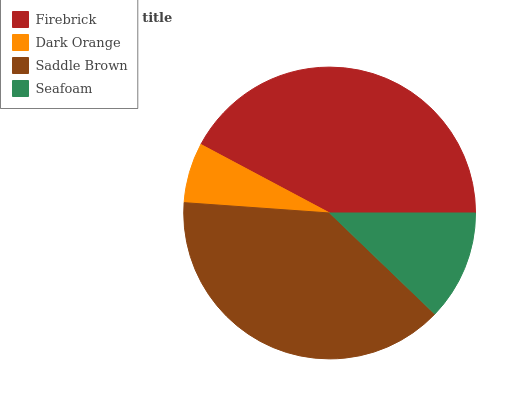
| Firebrick | Dark Orange | Saddle Brown | Seafoam |
 | --- | --- | --- | --- |
 | 42.2% | 6.65% | 39% | 12.2% |